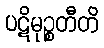
ပဋိမုဉ္စတီတိ